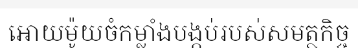
អោយម៉ូយចំកម្លាំងបង្កប់របស់សមត្ថកិច្ច